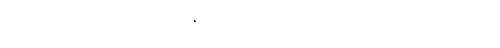
မှားလေရာ၏။ တထာဂတေန၊ ဘုရားရှင်သည်။ အဟံ၊ ငါသည်။ ဧတရဟိ၊